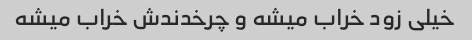
خیلی زود خراب میشه و چرخدندش خراب میشه